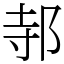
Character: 邿